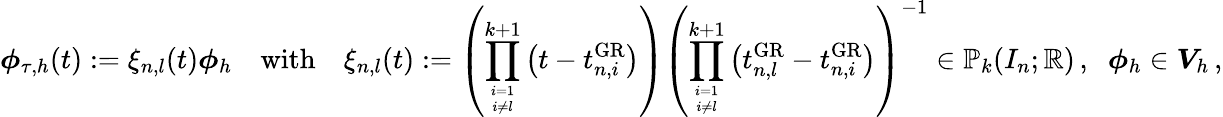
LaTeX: \boldsymbol\phi_{\tau,h}(t):=\xi_{n,l}(t)\boldsymbol\phi_{h}\quad\mathrm{with}\quad\xi_{n,l}(t):=\left(\prod_{i=1\atop i\neq l}^{k+1}\big(t-t_{n,i}^{\mathrm{GR}}\big)\right)\left(\prod_{i=1\atop i\neq l}^{k+1}\big(t_{n,l}^{\mathrm{GR}}-t_{n,i}^{\mathrm{GR}}\big)\right)^{-1}\in\mathbb P_{k}(I_{n};\mathbb{R})\, ,\; \; \boldsymbol\phi_{h}\in\boldsymbol V_{h}\, ,